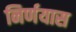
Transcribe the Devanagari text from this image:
निर्णयास